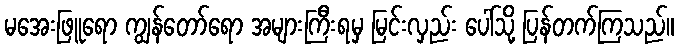
မအေးဖြူရော ကျွန်တော်ရော အများကြီးရမှ မြင်းလှည်း ပေါ်သို့ ပြန်တက်ကြသည်။